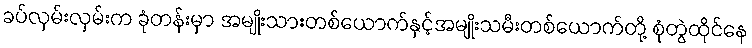
ခပ်လှမ်းလှမ်းက ခုံတန်းမှာ အမျိုးသားတစ်ယောက်နှင့်အမျိုးသမီးတစ်ယောက်တို့ စုံတွဲထိုင်နေ